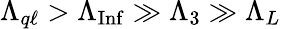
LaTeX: \Lambda_{q\ell}>\Lambda_{\mathrm{Inf}}\gg\Lambda_{3}\gg\Lambda_{L}